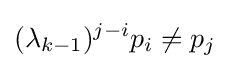
(\lambda _{k-1})^{j-i}p_{i}\neq p_{j}